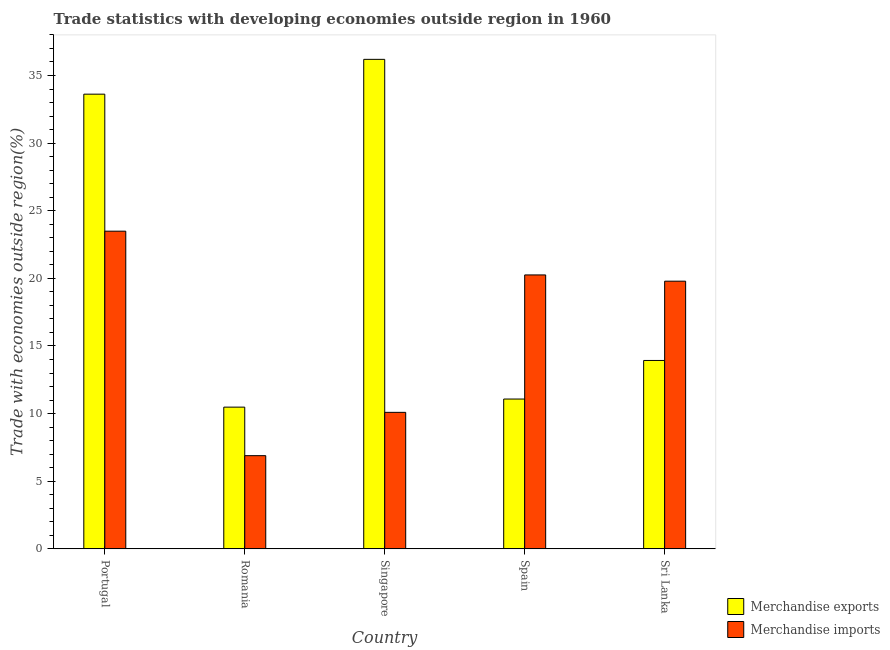
| Country | Merchandise exports | Merchandise imports |
 | --- | --- | --- |
 | Portugal | 33.6 | 23.5 |
 | Romania | 10.5 | 6.89 |
 | Singapore | 36.2 | 10.1 |
 | Spain | 11.1 | 20.3 |
 | Sri Lanka | 13.9 | 19.8 |